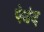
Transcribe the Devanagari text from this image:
पेबंद